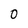
Character: O